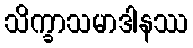
သိက္ခာသမာဒါနဿ